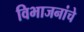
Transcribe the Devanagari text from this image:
विभाजनांचे